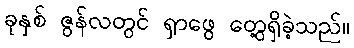
ခုနှစ် ဇွန်လတွင် ရှာဖွေ တွေ့ရှိခဲ့သည်။